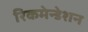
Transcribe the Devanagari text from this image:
रिकमेन्डेशन